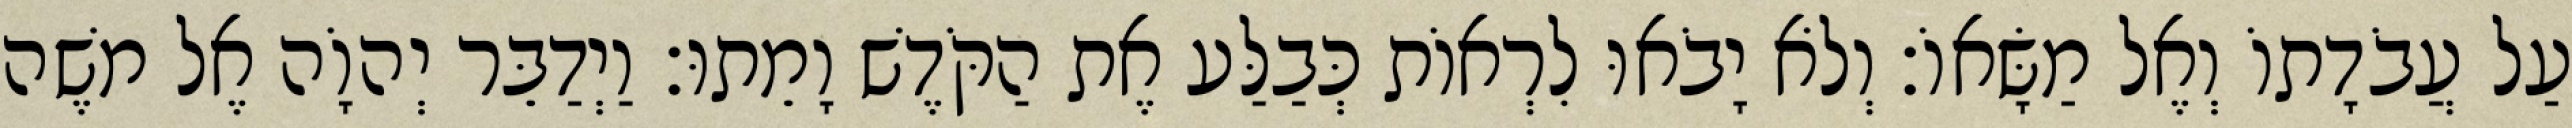
עַל עֲבֹדָתוֹ וְאֶל מַשָּׂאוֹ׃ וְלֹא יָבֹאוּ לִרְאוֹת כְּבַלַּע אֶת הַקֹּדֶשׁ וָמֵתוּ׃ וַיְדַבֵּר יְהוָֹה אֶל משֶׁה